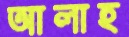
আলাহ